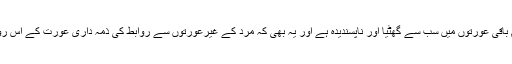
اور دنیا کی تمام باقی عورتوں میں سب سے گھٹیا اور ناپسندیدہ ہے اور یہ بھی کہ مرد کے غیرعورتوں سے روابط کی ذمہ داری عورت کے اس رویے پر آتی ہے۔